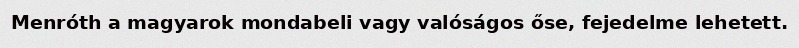
Menróth a magyarok mondabeli vagy valóságos őse, fejedelme lehetett.